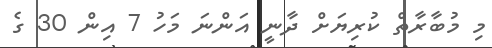
މި މުބާރާތް ކުރިޔަށް ދާނީ އަންނަ މަހު 7 އިން 30 ގެ